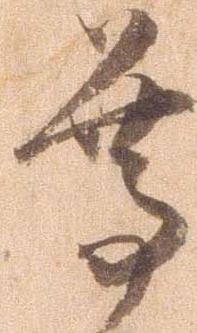
尊